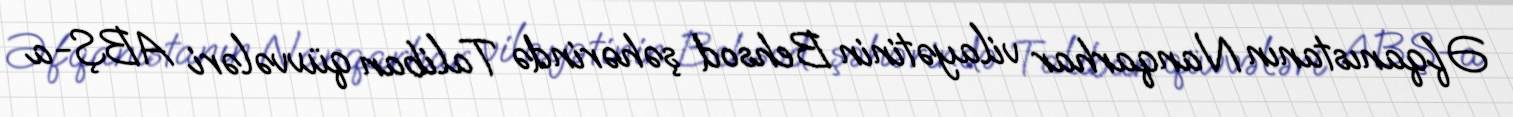
Əfqanıstanın Nanqarhar vilayətinin Behsod şəhərində Taliban qüvvələri ABŞ-a